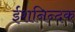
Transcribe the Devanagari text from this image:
ईशनिन्दक